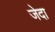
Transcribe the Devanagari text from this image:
जेदा